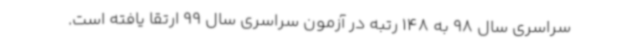
سراسری سال 98 به 148 رتبه در آزمون سراسری سال 99 ارتقا یافته است.